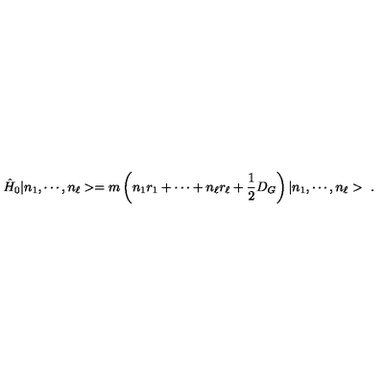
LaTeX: \hat { H } _ { 0 } | n _ { 1 } , \cdots , n _ { \ell } > = m \left( n _ { 1 } r _ { 1 } + \cdots + n _ { \ell } r _ { \ell } + \frac { 1 } { 2 } D _ { G } \right) | n _ { 1 } , \cdots , n _ { \ell } > \ .